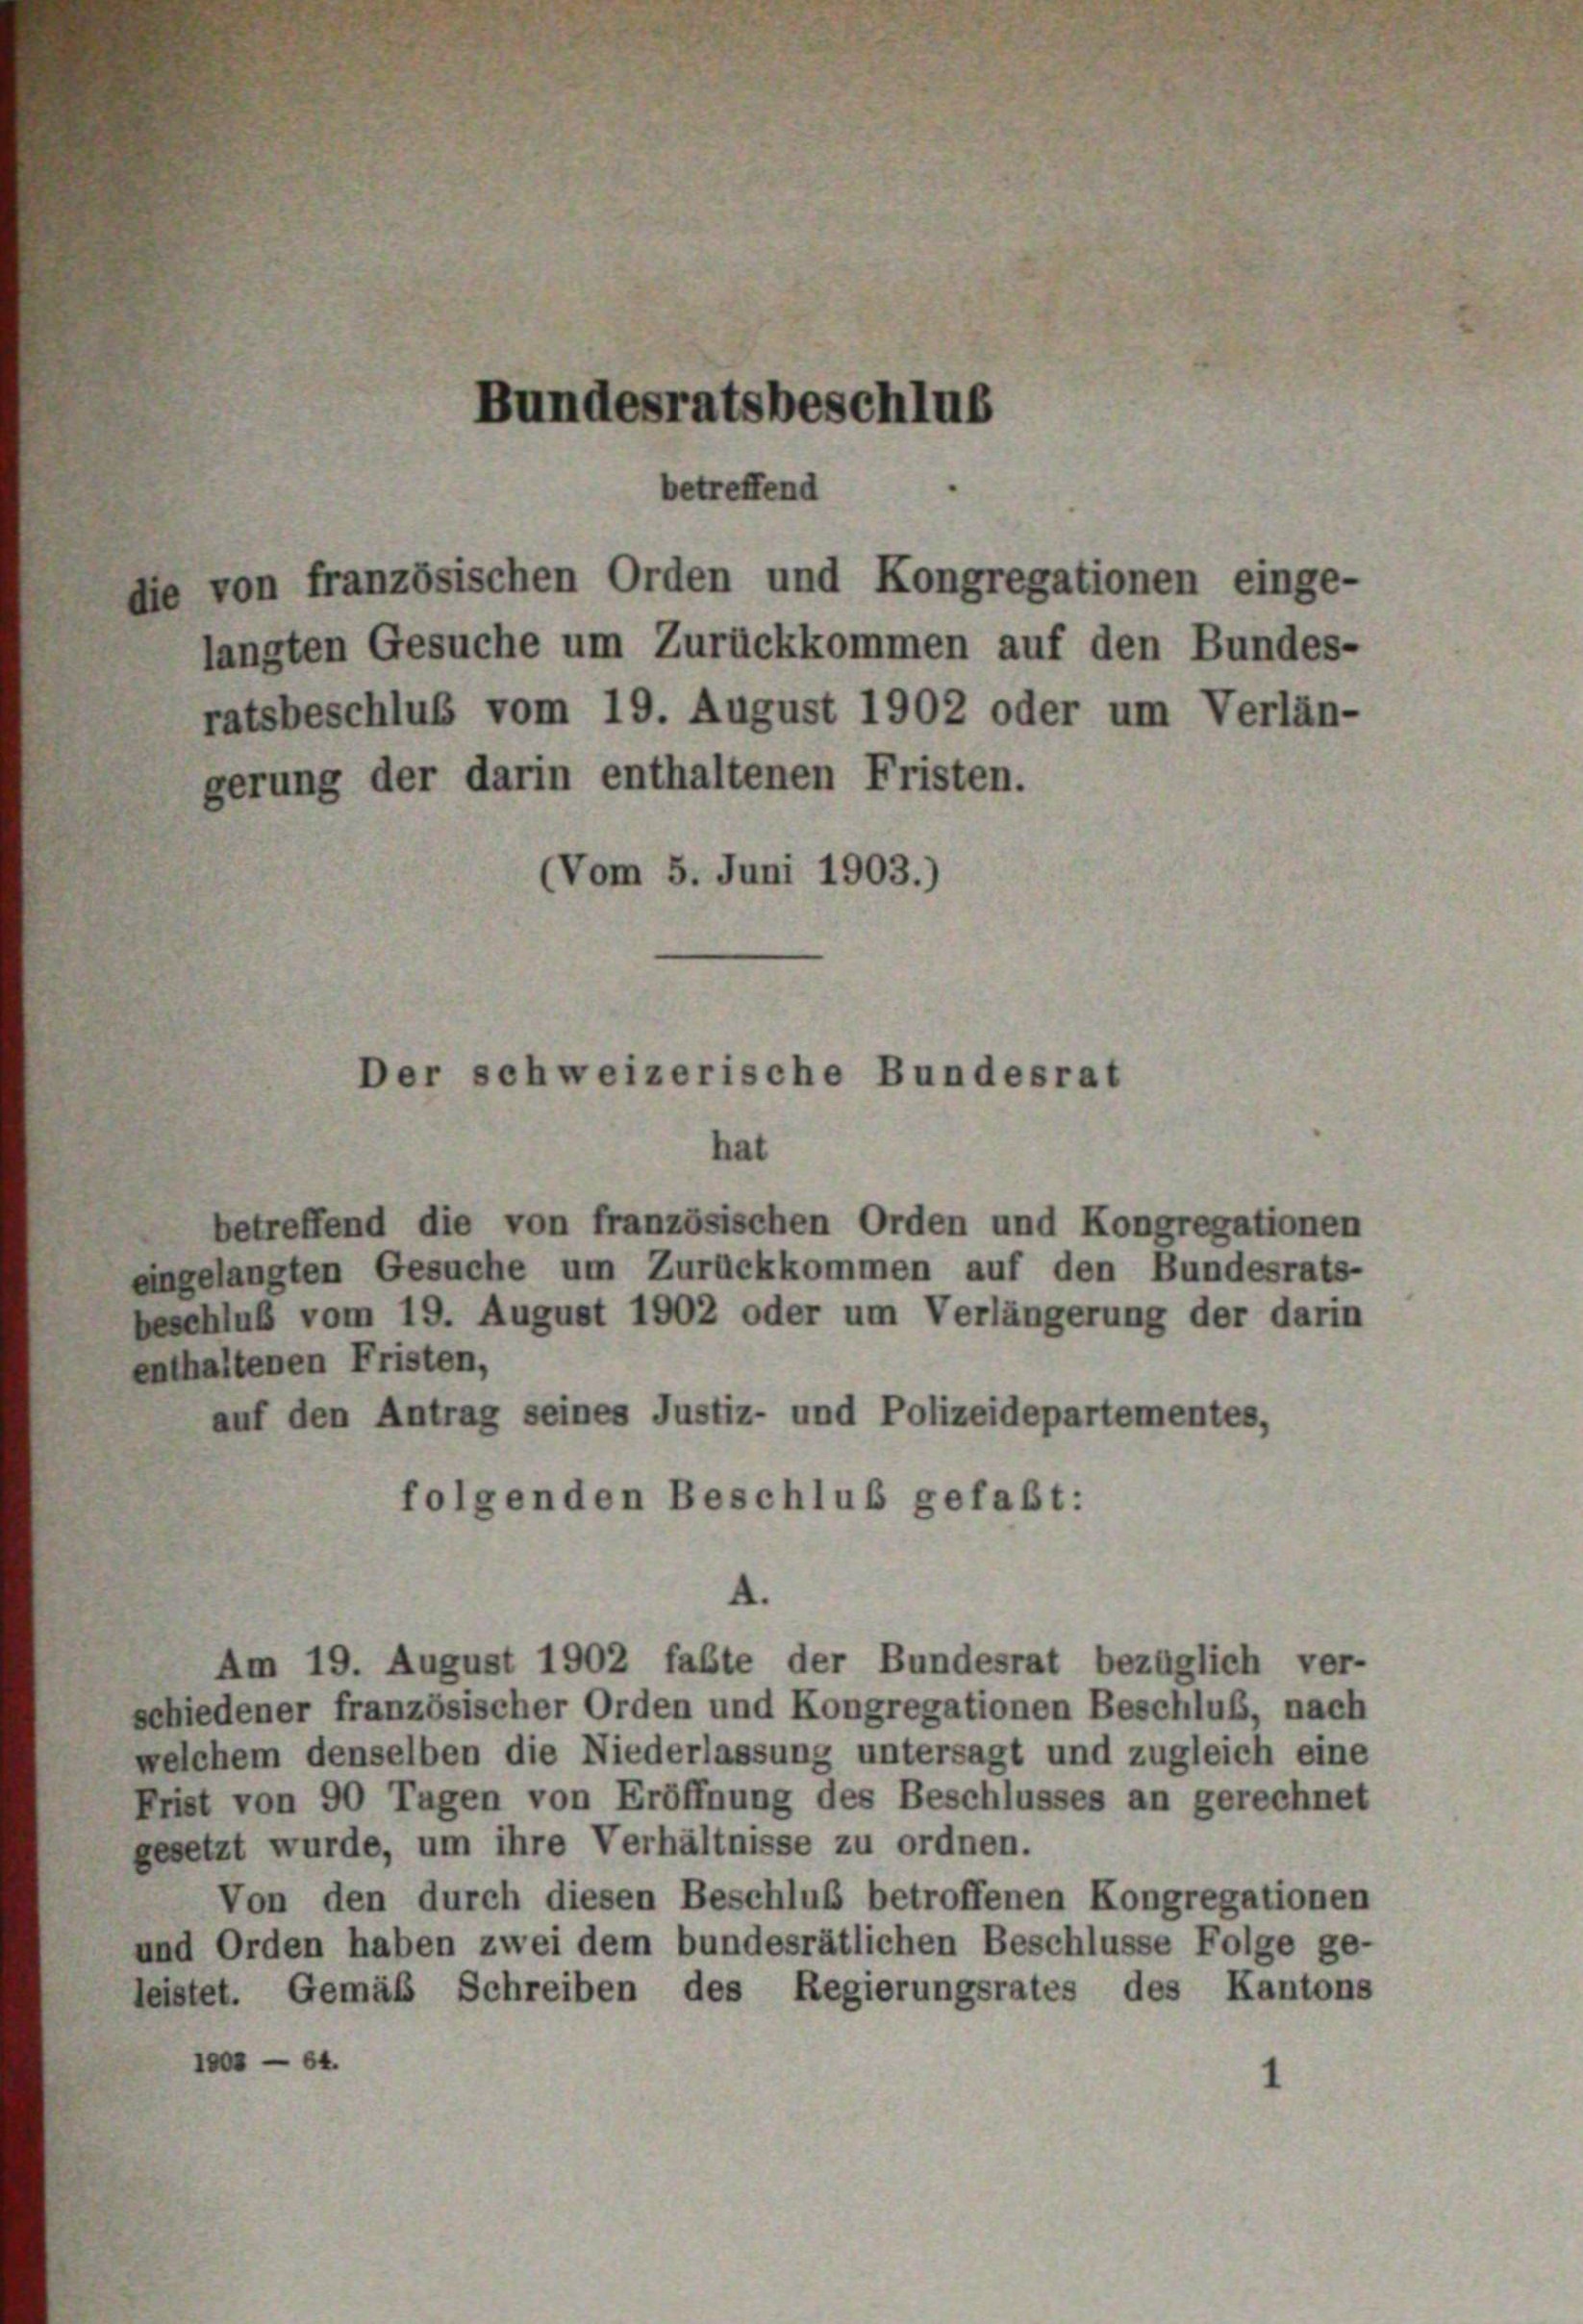
Bundesratsbeschlus
betreffend
e von französischen Orden und Kongregationen einge-
langten Gesuche um Zurückkommen auf den Bundes-
ratsbeschluß vom 19. August 1902 oder um Verlän-
gerung der darin enthaltenen Fristen.
(Vom 5. Juni 1903.)

Der schweizerische Bundesrat

hat
betreffend die von französischen Orden und Kongregationen
eingelangten Gesuche um Zurückkommen auf den Bundesrats-
beschluß vom 19. August 1902 oder um Verlängerung der darin
enthaltenen Fristen,
auf den Antrag seines Justiz- und Polizeidepartementes,
folgenden Beschluß gefaßt:
A.

Am 19. August 1902 fabte der Bundesrat bezüglich ver-
schiedener französischer Orden und Kongregationen Beschluß, nach
welchem denselben die Niederlassung untersagt und zugleich eine
Frist von 90 Tagen von Eröffnung des Beschlusses an gerechnet
gesetzt wurde, um ihre Verhältnisse zu ordnen.
Von den durch diesen Beschluß betroffenen Kongregationen
und Orden haben zwei dem bundesrätlichen Beschlüsse Folge ge-
leistet. Gemäß Schreiben des Regierungsrates des Kantons
10 — 84.